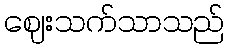
ဈေးသက်သာသည်